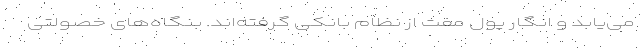
می‌یابد و انگار پول مفت از نظام بانکی گرفته‌اند. بنگاه‌های خصولتی